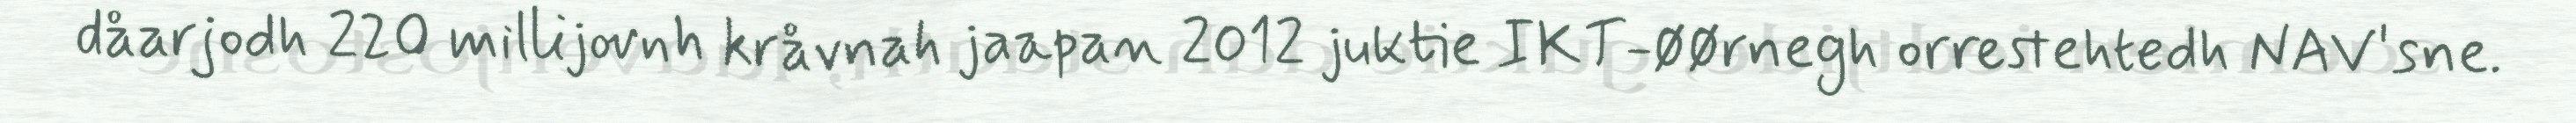
dåarjodh 220 millijovnh kråvnah jaapan 2012 juktie IKT-øørnegh orrestehtedh NAV'sne.